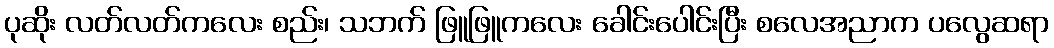
ပုဆိုး လတ်လတ်ကလေး စည်း၊ သဘက် ဖြူဖြူကလေး ခေါင်းပေါင်းပြီး စလေအညာက ပလွေဆရာ